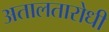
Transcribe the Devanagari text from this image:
अतालतारोधी